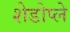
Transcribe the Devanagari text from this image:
शेडोप्ले